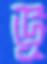
ভূ